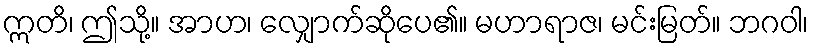
ဣတိ၊ ဤသို့။ အာဟ၊ လျှောက်ဆိုပေ၏။ မဟာရာဇ၊ မင်းမြတ်။ ဘဂဝါ၊